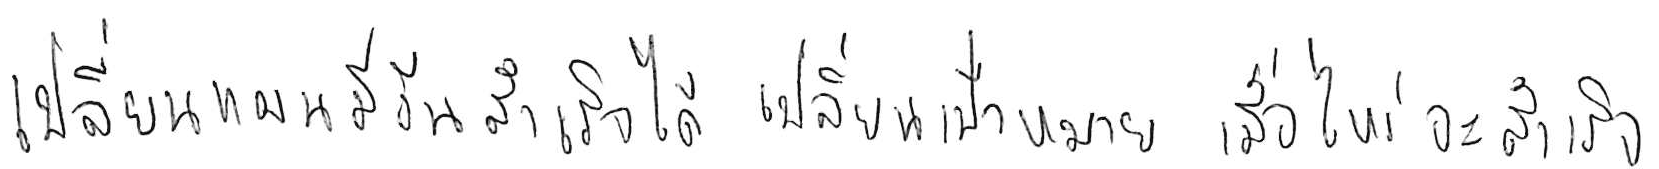
เปลี่ยนแผน มีวันสำเร็จได้ เปลี่ยนเป้าหมาย เมื่อไหร่จะสำเร็จ